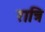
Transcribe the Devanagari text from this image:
रात्रि